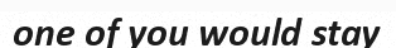
one of you would stay